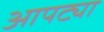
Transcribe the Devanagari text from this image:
आपट्या